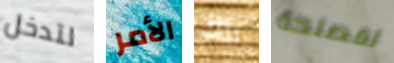
لتدخل الأمر تلك لمصلحة